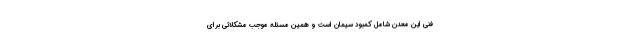
فنی این معدن شامل کمبود سیمان است و همین مسئله موجب مشکلاتی برای